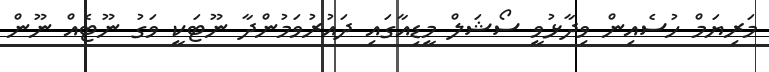
މަރިޔަމް ހުސެއިން ވިދާޅުވީ ސޯޝަލް މީޑިއާގައި ދައުރުވަމުންދާ ނޫޓަކީ ވަގު ނޫޓެއް ނޫން